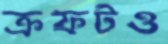
ক্রফটও